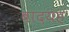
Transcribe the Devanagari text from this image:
बादयह